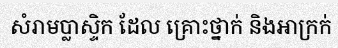
សំរាមប្លាស្ទិក ដែល គ្រោះថ្នាក់ និងអាក្រក់